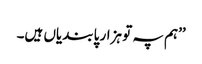
’’ہم پہ تو ہزار پابندیاں ہیں۔